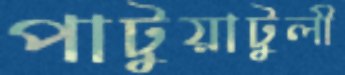
পাটুয়াটুলী